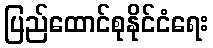
ပြည်ထောင်စုနိုင်ငံရေး